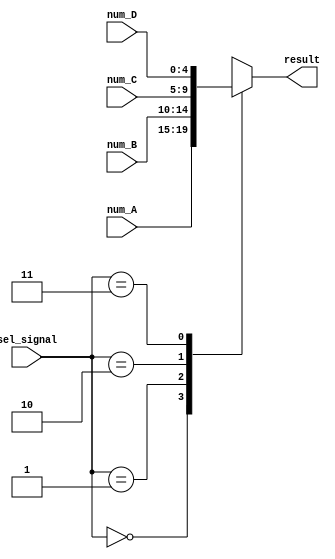
module Four_way_selector(num_A,num_B,num_C,num_D,sel_signal,result);
  input [4:0]num_A;
  input [4:0]num_B;
  input [4:0]num_C;
  input [4:0]num_D;
  input [1:0]sel_signal;
  
  output reg [4:0]result;
  
  always@(*)
  case(sel_signal)
    2'b00:result=num_A;
    2'b01:result=num_B;
    2'b10:result=num_C;
    2'b11:result=num_D;
  endcase
endmodule